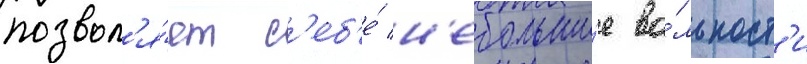
позвол'я́ет с'еб'е́ н'ебольши́е во́льност'и